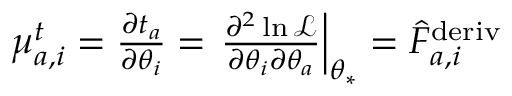
\begin{array} { r } { { \mu } _ { a , i } ^ { t } = \frac { \partial t _ { a } } { \partial \theta _ { i } } = \left. \frac { \partial ^ { 2 } \ln \mathcal { L } } { \partial \theta _ { i } \partial \theta _ { a } } \right\vert _ { \theta _ { * } } = \hat { F } _ { a , i } ^ { \mathrm { d e r i v } } } \end{array}